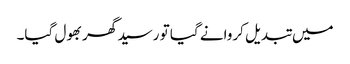
میں تبدیل کروانے گیا تو رسید گھر بھول گیا۔